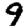
Digit: 9